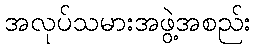
အလုပ်သမားအဖွဲ့အစည်း